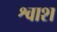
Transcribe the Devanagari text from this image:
श्वाश